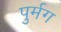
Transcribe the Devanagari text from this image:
पुर्मग